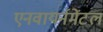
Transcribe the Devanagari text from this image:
एनवायर्नमेंटल